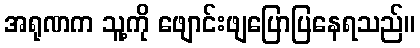
အရုဏက သူ့ကို ဖျောင်းဖျပြောပြနေရသည်။